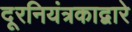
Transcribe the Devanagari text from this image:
दूरनियंत्रकाद्वारे